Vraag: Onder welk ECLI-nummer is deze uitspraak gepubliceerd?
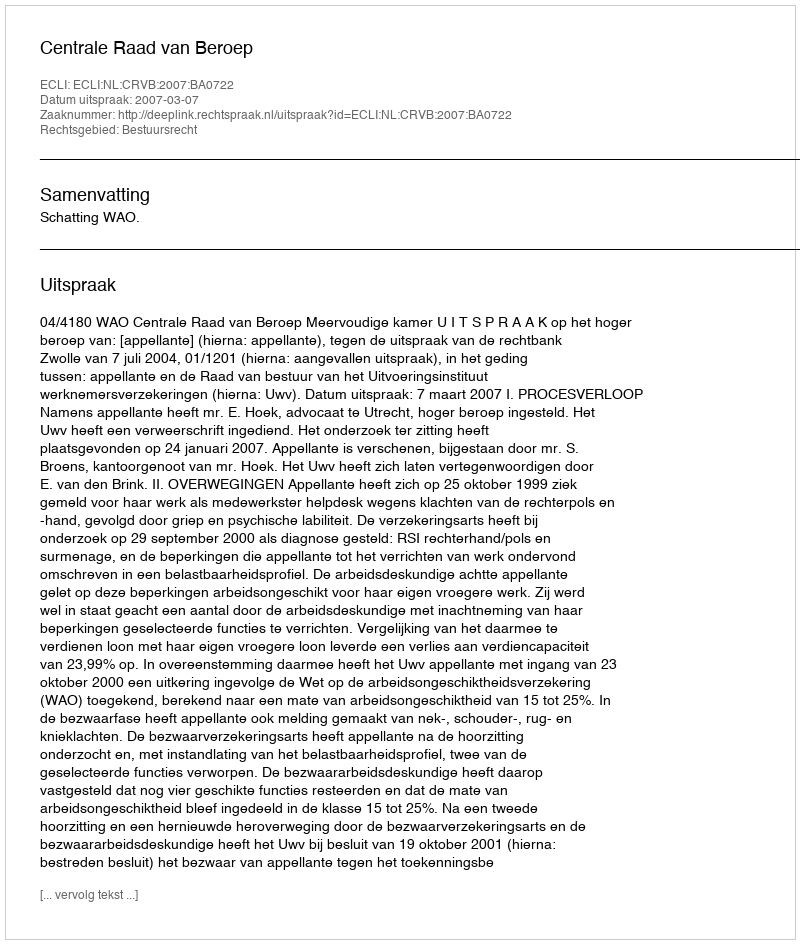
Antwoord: ECLI:NL:CRVB:2007:BA0722